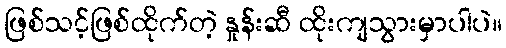
ဖြစ်သင့်ဖြစ်ထိုက်တဲ့ နှုန်းဆီ ထိုးကျသွားမှာပါပဲ။